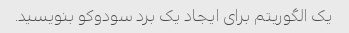
یک الگوریتم برای ایجاد یک برد سودوکو بنویسید.